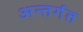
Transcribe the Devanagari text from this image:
अन्तर्गत